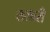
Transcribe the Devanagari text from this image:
तलारी